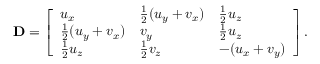
\mathbf { D } = \left[ \begin{array} { l l l } { u _ { x } } & { \frac 1 2 ( u _ { y } + v _ { x } ) } & { \frac 1 2 u _ { z } } \\ { \frac 1 2 ( u _ { y } + v _ { x } ) } & { v _ { y } } & { \frac 1 2 u _ { z } } \\ { \frac 1 2 u _ { z } } & { \frac 1 2 v _ { z } } & { - ( u _ { x } + v _ { y } ) } \end{array} \right] .